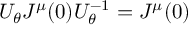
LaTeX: U _ { \theta } J ^ { \mu } ( 0 ) U _ { \theta } ^ { - 1 } = J ^ { \mu } ( 0 )